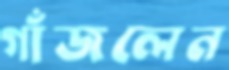
গাঁজলেন